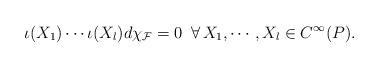
LaTeX: \begin{align*}\iota(X_1)\cdots \iota(X_l) d\chi_{\mathcal{F}}=0\,\,\,\forall\, X_1,\cdots, X_l\in C^{\infty}(P).\end{align*}